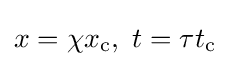
x=\chi x_{\text{c}},\ t=\tau t_{\text{c}}